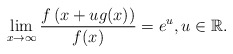
\begin{align*}\lim_{x\to\infty}\frac{f\left(x+ug(x)\right)}{f(x)}= e^u,u\in\mathbb{R}.\end{align*}